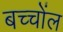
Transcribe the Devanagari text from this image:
बच्चोंल